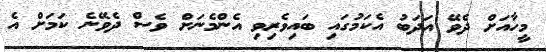
މީހާއަށް ދެވޭ އަދަބު އެކަމުގައި ބައިވެރިވި އެންމެނަށް ވެސް ދެވޭނެ ކަމަށް އެ